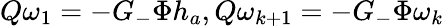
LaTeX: Q\omega_{1}=-G_{-}\Phi h_{a},Q\omega_{k+1}=-G_{-}\Phi\omega_{k}